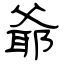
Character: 爺